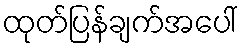
ထုတ်ပြန်ချက်အပေါ်